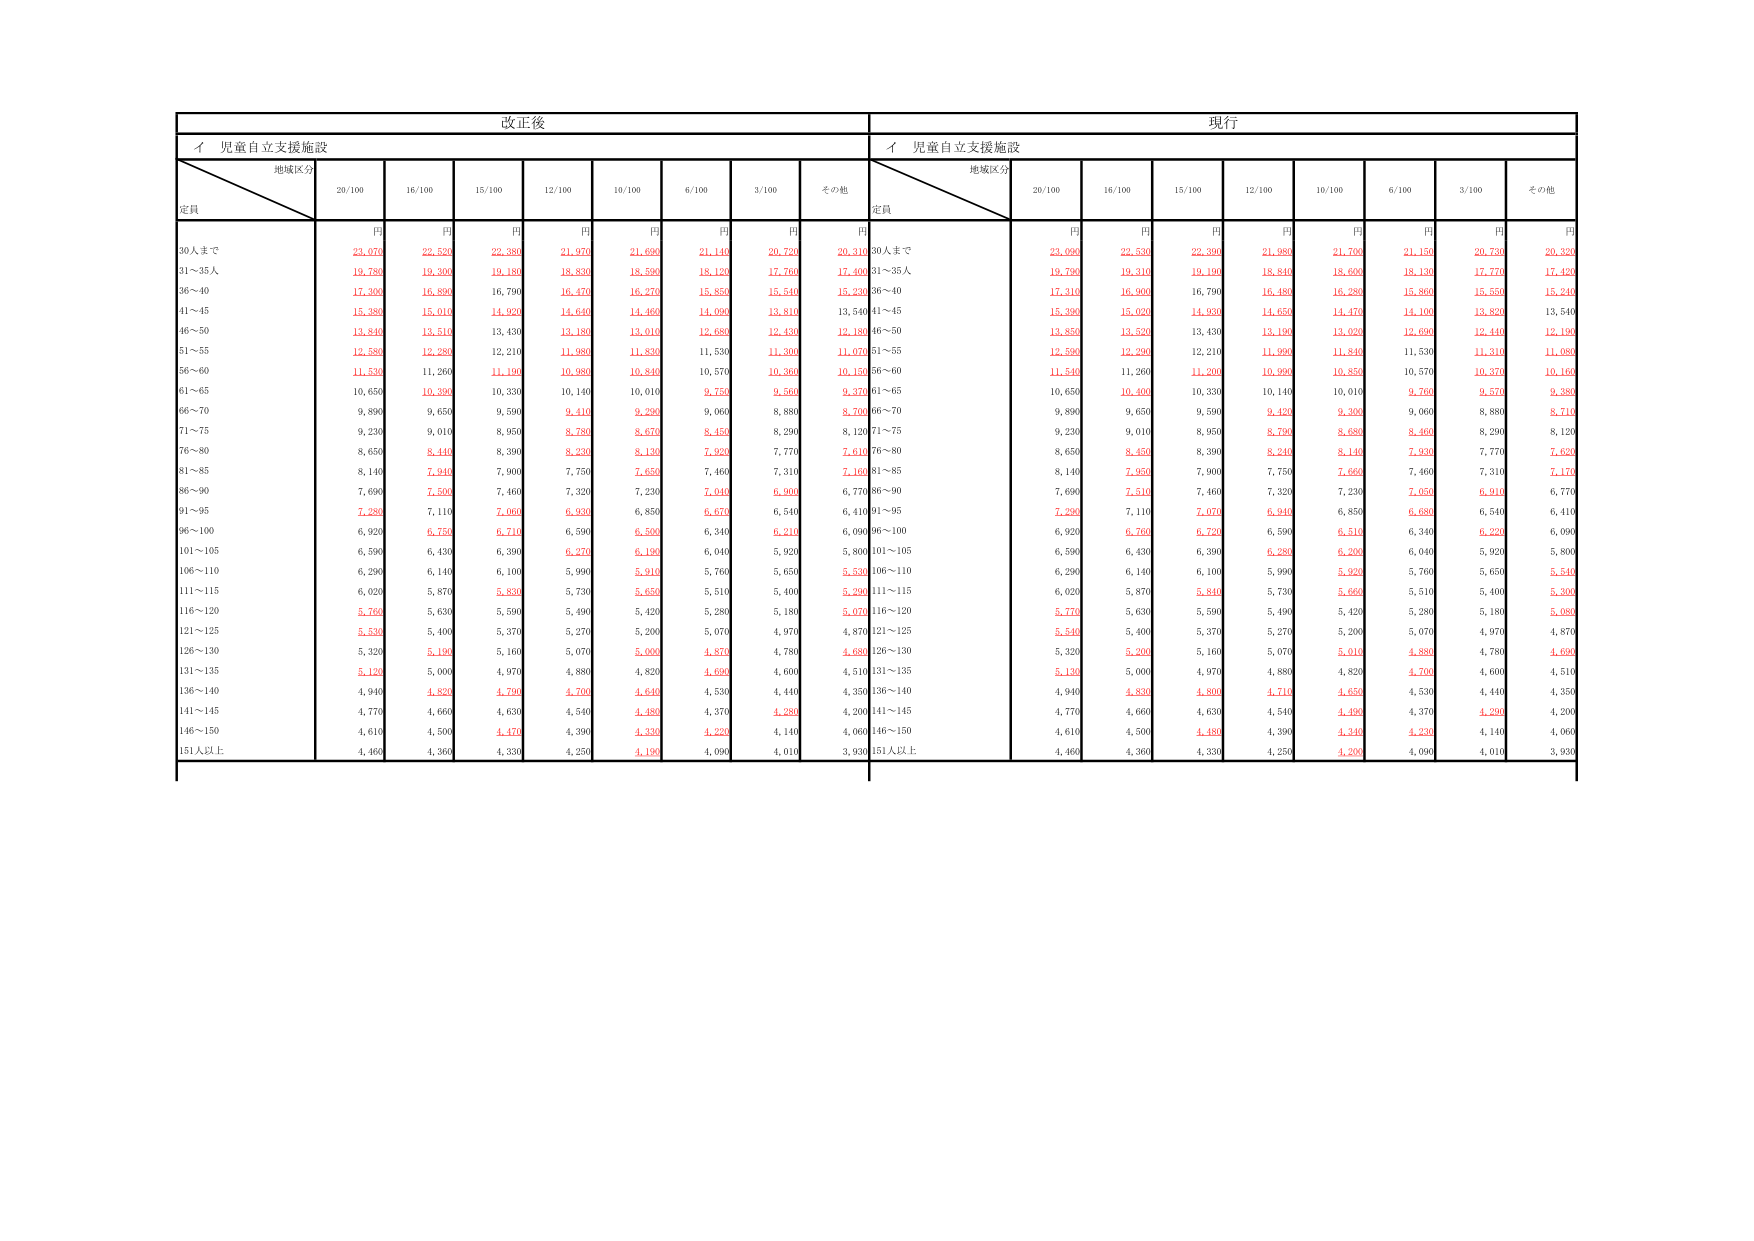
改正後
現行
イ 児童自立支援施設
イ 児童自立支援施設
地域区分
定員
20/100
16/100
15/100
12/100
10/100
6/100
3/100
その他
地域区分
定員
20/100
16/100
15/100
12/100
10/100
6/100
3/100
その他
円
円
円
円
円
円
円
円
円
円
円
円
円
円
円
円
円
円
30人まで
23,070
22,520
22,380
21,970
21,690
21,140
20,720
20,310
30人まで
23,090
22,530
22,390
21,980
21,700
21,150
20,730
20,320
31～35人
19,780
19,300
19,180
18,830
18,590
18,120
17,760
17,400
31～35人
19,790
19,310
19,190
18,840
18,600
18,130
17,770
17,420
36～40
17,300
16,890
16,790
16,470
16,270
15,850
15,540
15,230
36～40
17,310
16,900
16,790
16,480
16,280
15,860
15,550
15,240
41～45
15,380
15,010
14,920
14,640
14,460
14,090
13,810
13,540
41～45
15,390
15,020
14,930
14,650
14,470
14,100
13,820
13,540
46～50
13,840
13,510
13,430
13,180
13,010
12,680
12,430
12,180
46～50
13,850
13,520
13,430
13,190
13,020
12,690
12,440
12,190
51～55
12,580
12,280
12,210
11,980
11,830
11,530
11,300
11,070
51～55
12,590
12,290
12,210
11,990
11,840
11,530
11,310
11,080
56～60
11,530
11,260
11,190
10,980
10,840
10,570
10,360
10,150
56～60
11,540
11,260
11,200
10,990
10,850
10,570
10,370
10,160
61～65
10,650
10,390
10,330
10,140
10,010
9,750
9,560
9,370
61～65
10,650
10,400
10,330
10,140
10,010
9,760
9,570
9,380
66～70
9,890
9,650
9,590
9,410
9,290
9,060
8,880
8,700
66～70
9,890
9,650
9,590
9,420
9,300
9,060
8,880
8,710
71～75
9,230
9,010
8,950
8,780
8,670
8,450
8,290
8,120
71～75
9,230
9,010
8,950
8,790
8,680
8,460
8,290
8,120
76～80
8,650
8,440
8,390
8,230
8,130
7,920
7,770
7,610
76～80
8,650
8,450
8,390
8,240
8,140
7,930
7,770
7,620
81～85
8,140
7,940
7,900
7,750
7,650
7,460
7,310
7,160
81～85
8,140
7,950
7,900
7,750
7,660
7,460
7,310
7,170
86～90
7,690
7,500
7,460
7,320
7,230
7,040
6,900
6,770
86～90
7,690
7,510
7,460
7,320
7,230
7,050
6,910
6,770
91～95
7,280
7,110
7,060
6,930
6,850
6,670
6,540
6,410
91～95
7,280
7,110
7,070
6,940
6,850
6,680
6,540
6,410
96～100
6,920
6,750
6,710
6,590
6,500
6,340
6,210
6,090
96～100
6,920
6,760
6,720
6,590
6,510
6,340
6,220
6,090
101～105
6,590
6,430
6,390
6,270
6,190
6,040
5,920
5,800
101～105
6,590
6,430
6,390
6,280
6,200
6,040
5,920
5,800
106～110
6,290
6,140
6,100
5,990
5,910
5,760
5,650
5,530
106～110
6,290
6,140
6,100
5,990
5,920
5,760
5,650
5,540
111～115
6,020
5,870
5,830
5,730
5,650
5,510
5,400
5,290
111～115
6,020
5,870
5,840
5,730
5,660
5,510
5,400
5,300
116～120
5,760
5,630
5,590
5,490
5,420
5,280
5,180
5,070
116～120
5,770
5,630
5,590
5,490
5,420
5,280
5,180
5,080
121～125
5,530
5,400
5,370
5,270
5,200
5,070
4,970
4,870
121～125
5,540
5,400
5,370
5,270
5,200
5,070
4,970
4,870
126～130
5,320
5,190
5,160
5,070
5,000
4,870
4,780
4,680
126～130
5,320
5,200
5,160
5,070
5,010
4,880
4,780
4,690
131～135
5,120
5,000
4,970
4,880
4,820
4,690
4,600
4,510
131～135
5,130
5,000
4,970
4,880
4,820
4,700
4,600
4,510
136～140
4,940
4,820
4,790
4,700
4,640
4,530
4,440
4,350
136～140
4,940
4,830
4,800
4,710
4,650
4,530
4,440
4,350
141～145
4,770
4,660
4,630
4,540
4,480
4,370
4,280
4,200
141～145
4,770
4,660
4,630
4,540
4,490
4,370
4,290
4,200
146～150
4,610
4,500
4,470
4,390
4,330
4,220
4,140
4,060
146～150
4,610
4,500
4,480
4,390
4,340
4,230
4,140
4,060
151人以上
4,460
4,360
4,330
4,250
4,190
4,090
4,010
3,930
151人以上
4,460
4,360
4,330
4,250
4,200
4,090
4,010
3,930